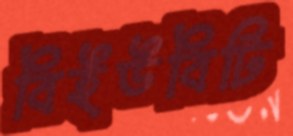
বিইউবিটি